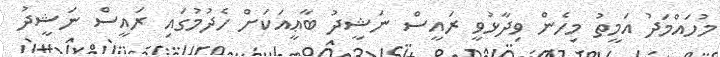
މުހައްމަދު އަމީތު މިހެން ވިދާޅުވީ ރައީސް ނަޝީދު ބާޢީއަކަށް ހެދުމުގައި ރައީސް ނަޝީދު